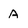
Character: A